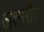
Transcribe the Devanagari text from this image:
अश्मरीघ्न